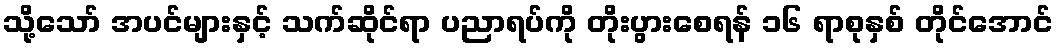
သို့သော် အပင်များနှင့် သက်ဆိုင်ရာ ပညာရပ်ကို တိုးပွားစေရန် ၁၆ ရာစုနှစ် တိုင်အောင်